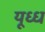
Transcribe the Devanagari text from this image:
यूध्ध